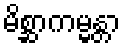
မိစ္ဆာကမ္မန္တာ